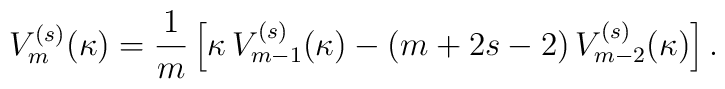
V_{m}^{(s)}(\kappa)=\frac{1}{m}\left[\kappa\, V_{m-1}^{(s)}(\kappa)-(m+2s-2)\,V_{m-2}^{(s)}(\kappa)\right].